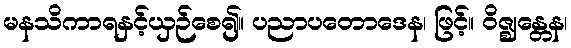
မနသိကာရနှင့်ယှဉ်စေ၍။ ပညာပတောဒေန၊ ဖြင့်။ ဝိဇ္ဈန္တေန၊